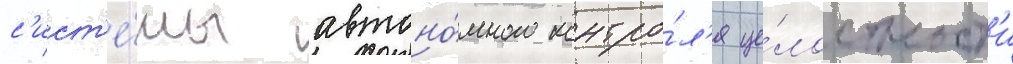
с'ист'е́мы автоно́много контро́л'я це́лостност'и